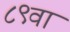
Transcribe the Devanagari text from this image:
८९वा